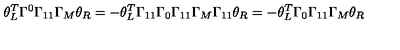
\theta _ { L } ^ { T } \Gamma ^ { 0 } \Gamma _ { 1 1 } \Gamma _ { M } \theta _ { R } = - \theta _ { L } ^ { T } \Gamma _ { 1 1 } \Gamma _ { 0 } \Gamma _ { 1 1 } \Gamma _ { M } \Gamma _ { 1 1 } \theta _ { R } = - \theta _ { L } ^ { T } \Gamma _ { 0 } \Gamma _ { 1 1 } \Gamma _ { M } \theta _ { R }